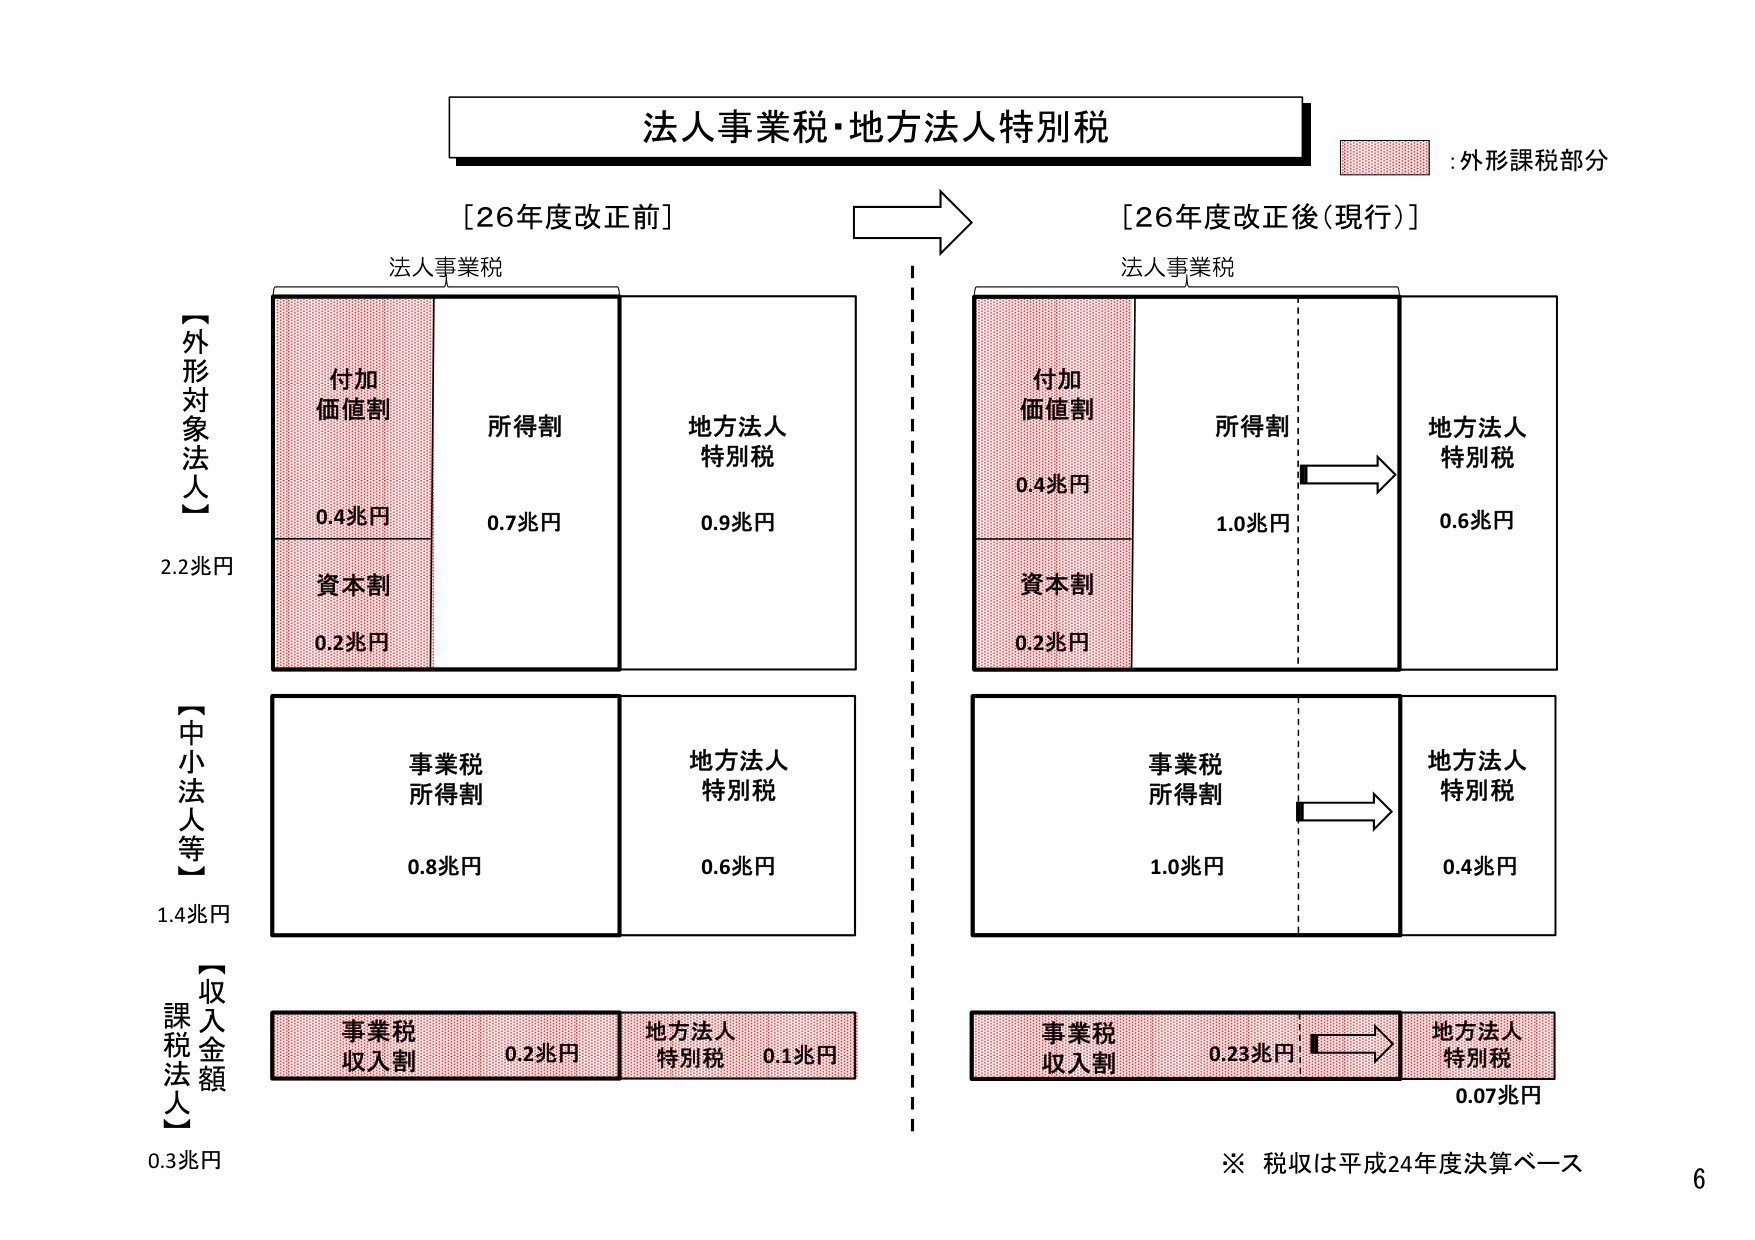
法人事業税・地方法人特別税
:外形課税部分

[26年度改正前]
法人事業税
【外形対象法人】
付加価値割
0.4兆円
資本割
0.2兆円
所得割
0.7兆円
地方法人特別税
0.9兆円
2.2兆円

【中小法人等】
事業税所得割
0.8兆円
地方法人特別税
0.6兆円
1.4兆円

【収入金額課税法人】
事業税収入割
0.2兆円
地方法人特別税
0.1兆円
0.3兆円

→
[26年度改正後（現行）]
法人事業税
付加価値割
0.4兆円
資本割
0.2兆円
所得割
1.0兆円
地方法人特別税
0.6兆円

事業税所得割
1.0兆円
地方法人特別税
0.4兆円

事業税収入割
0.23兆円
地方法人特別税
0.07兆円

※ 税収は平成24年度決算ベース
6